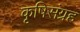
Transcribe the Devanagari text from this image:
कृषिसंग्रह